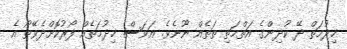
ޚިދުމަތް ދޭ ކުދިންގެ އަތްމަތި ތަތެއް ނޫނެވެ. އަވަސް ޚިދުމަތެއް ފޯރުކޮށްދެވޭތޯ އެ